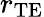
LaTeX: r_{\mathrm{TE}}